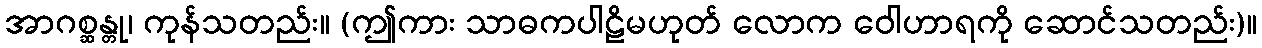
အာဂစ္ဆန္တု၊ ကုန်သတည်း။ (ဤကား သာဓကပါဠိမဟုတ် လောက ဝေါဟာရကို ဆောင်သတည်း)။